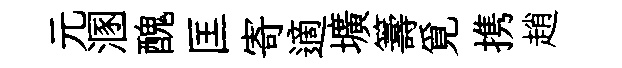
元溷醜匡寄適壙籌覓携趙